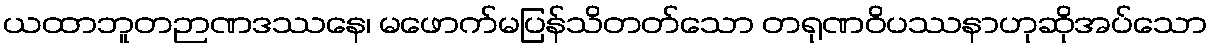
ယထာဘူတဉာဏဒဿနေ၊ မဖောက်မပြန်သိတတ်သော တရုဏဝိပဿနာဟုဆိုအပ်သော